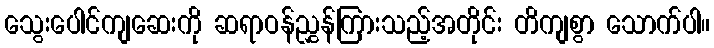
သွေးပေါင်ကျဆေးကို ဆရာဝန်ညွှန်ကြားသည့်အတိုင်း တိကျစွာ သောက်ပါ။